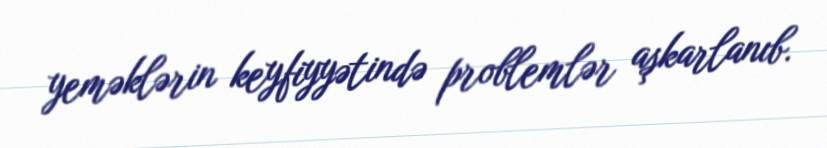
yeməklərin keyfiyyətində problemlər aşkarlanıb.